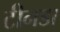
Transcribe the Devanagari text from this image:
टीनडा